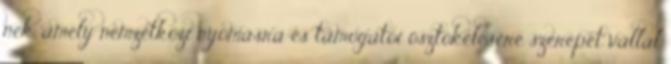
nek, amely nemzetközi nyomásra és támogatói ösztökélésére szerepet vállal